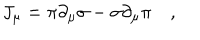
LaTeX: J _ { \mu } = \pi \partial _ { \mu } \sigma - \sigma \partial _ { \mu } \pi \quad ,